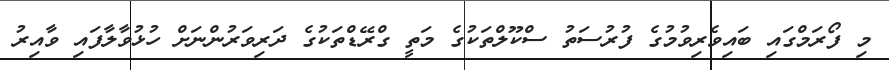
މި ފޯރަމްގައި ބައިވެރިވުމުގެ ފުރުސަތު ސްކޫލްތަކުގެ މަތީ ގްރޭޑްތަކުގެ ދަރިވަރުންނަށް ހުޅުވާލާފައި ވާއިރު